Civil Veterinary Department. United Provinces 1932-42 - 1932-1942
Year: 1932
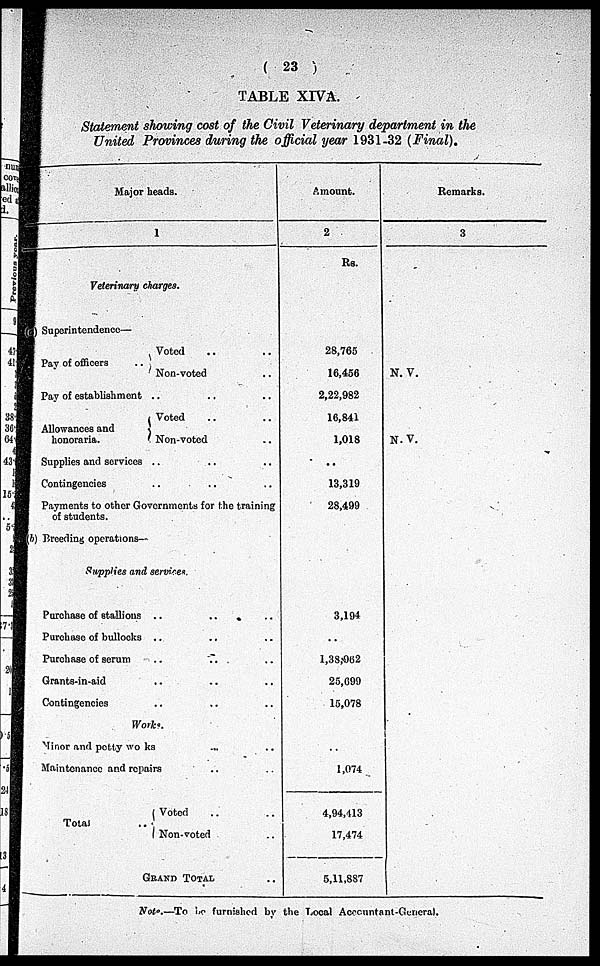
(23)
TABLE XIVA.
Statement showing cost of the Civil Veterinary department in the
United Provinces during the official year 1931-32 (Final).
Major heads.
1
Veterinary charges.
Superintendence—
Pay of officers
..
Voted .. ..
Non-voted ..
Pay of establishment .. .. ..
Allowances and
honoraria.
Voted .. ..
Non-voted .. ..
Supplies and services .. .. ..
Contingencies .. .. ..
Payments to other Governments for the training
of students.
(b) Breeding operations—
Supplies and services.
Purchase of stallions .. .. ..
Purchase of bullocks .. .. ..
Purchase of serum .. .. ..
Grants-in-aid .. .. ..
Contingencies .. .. .
Works.
Minor and potty works .. ..
Maintenance and repairs .. ..
Total
Voted .. ..
Non-voted ..
GRAND TOOTAL ..
Amount.
2
Rs.
28,765
16,456
2,22,982
16,841
1,018
..
13,319
28,499
3,194
..
1,38,062
25,699
15,078
..
1,074
4,94,413
17,474
5,11,887
Remarks.
3
N. V.
N.V.
Note:—To be furnished by the Local Accountant-Gcneral.